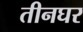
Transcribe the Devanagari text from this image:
तीनघर